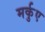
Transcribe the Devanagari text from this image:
मर्कुए